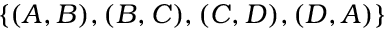
\{ ( A , B ) , ( B , C ) , ( C , D ) , ( D , A ) \}